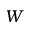
W